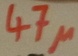
Text: 47µ